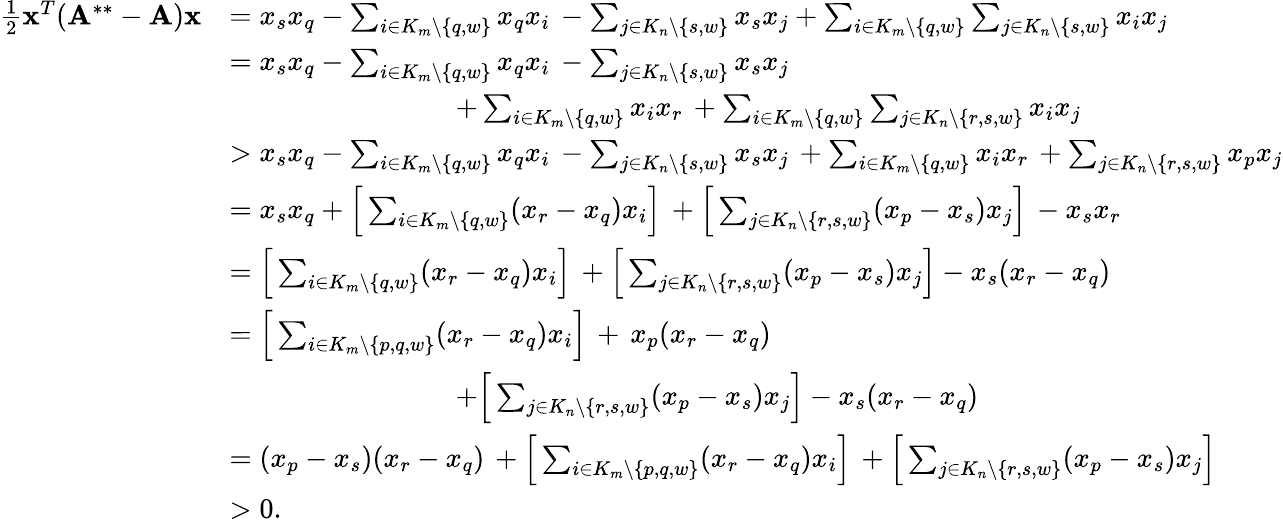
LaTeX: \begin{array}{rl}{\frac{1}{2}\mathbf{x}^{T}(\mathbf{A}^{**}-\mathbf{A})\mathbf{x}}&{=x_{s}x_{q}-\sum_{i\in K_{m}\setminus\{ q,w\} }x_{q}x_{i}\, -\sum_{j\in K_{n}\setminus\{ s,w\} }x_{s}x_{j}+\sum_{i\in K_{m}\setminus\{ q,w\} }\sum_{j\in K_{n}\setminus\{ s,w\} }x_{i}x_{j}}\\ &{=x_{s}x_{q}-\sum_{i\in K_{m}\setminus\{ q,w\} }x_{q}x_{i}\, -\sum_{j\in K_{n}\setminus\{ s,w\} }x_{s}x_{j}}\\ &{\qquad\qquad\qquad\qquad+\sum_{i\in K_{m}\setminus\{ q,w\} }x_{i}x_{r}\, +\sum_{i\in K_{m}\setminus\{ q,w\} }\sum_{j\in K_{n}\setminus\{ r,s,w\} }x_{i}x_{j}}\\ &{>x_{s}x_{q}-\sum_{i\in K_{m}\setminus\{ q,w\} }x_{q}x_{i}\, -\sum_{j\in K_{n}\setminus\{ s,w\} }x_{s}x_{j}\, +\sum_{i\in K_{m}\setminus\{ q,w\} }x_{i}x_{r}\, +\sum_{j\in K_{n}\setminus\{ r,s,w\} }x_{p}x_{j}}\\ &{=x_{s}x_{q}+\Big[\sum_{i\in K_{m}\setminus\{ q,w\} }(x_{r}-x_{q})x_{i}\Big]\, +\Big[\sum_{j\in K_{n}\setminus\{ r,s,w\} }(x_{p}-x_{s})x_{j}\Big]\, -x_{s}x_{r}}\\ &{=\Big[\sum_{i\in K_{m}\setminus\{ q,w\} }(x_{r}-x_{q})x_{i}\Big]\, +\Big[\sum_{j\in K_{n}\setminus\{ r,s,w\} }(x_{p}-x_{s})x_{j}\Big]-x_{s}(x_{r}-x_{q})}\\ &{=\Big[\sum_{i\in K_{m}\setminus\{ p,q,w\} }(x_{r}-x_{q})x_{i}\Big]\, +\, x_{p}(x_{r}-x_{q})}\\ &{\qquad\qquad\qquad\qquad+\Big[\sum_{j\in K_{n}\setminus\{ r,s,w\} }(x_{p}-x_{s})x_{j}\Big]-x_{s}(x_{r}-x_{q})}\\ &{=(x_{p}-x_{s})(x_{r}-x_{q})\, +\Big[\sum_{i\in K_{m}\setminus\{ p,q,w\} }(x_{r}-x_{q})x_{i}\Big]\, +\Big[\sum_{j\in K_{n}\setminus\{ r,s,w\} }(x_{p}-x_{s})x_{j}\Big]}\\ &{>0.}\end{array}